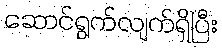
ဆောင်ရွက်လျက်ရှိပြီး